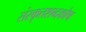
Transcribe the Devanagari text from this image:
संस्कृतशब्दकोष